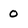
Character: 0